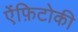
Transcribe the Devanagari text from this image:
ऐंफ़िटोकी